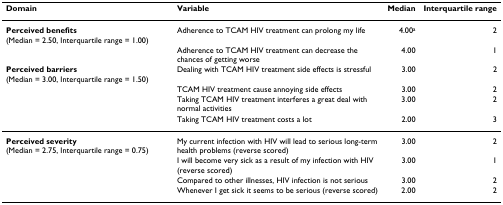
| Domain | Variable | Median | Interquartile range |
 | --- | --- | --- | --- |
 | Perceived benefits (Median = 2.50, Interquartile range = 1.00) | Adherence to TCAM HIV treatment can prolong my life | 4.00a | 2 |
 |  | Adherence to TCAM HIV treatment can decrease the chances of getting worse | 4.00 | 1 |
 | Perceived barriers (Median = 3.00, Interquartile range = 1.50) | Dealing with TCAM HIV treatment side effects is stressful | 3.00 | 2 |
 |  | TCAM HIV treatment cause annoying side effects | 3.00 | 2 |
 |  | Taking TCAM HIV treatment interferes a great deal with normal activities | 3.00 | 2 |
 |  | Taking TCAM HIV treatment costs a lot | 2.00 | 3 |
 | Perceived severity (Median = 2.75, Interquartile range = 0.75) | My current infection with HIV will lead to serious long-term health problems (reverse scored) | 3.00 | 2 |
 |  | I will become very sick as a result of my infection with HIV (reverse scored) | 3.00 | 1 |
 |  | Compared to other illnesses, HIV infection is not serious | 3.00 | 2 |
 |  | Whenever I get sick it seems to be serious (reverse scored) | 2.00 | 2 |